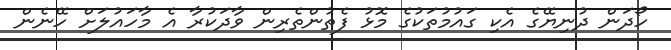
ހޯދަން ދުނިޔޭގެ އެކި ގައުމުތަކުގެ މޮޅު ފެތުންތެރިން ވާދަކުރާ އެ މާހައުލަށް ހޭނެން